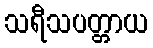
သရီသပတ္တာယ